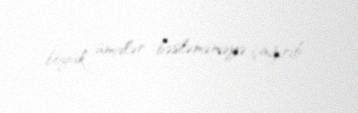
böyük ümidlər bəsləməməyə çağırıb.